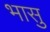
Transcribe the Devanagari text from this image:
भासु